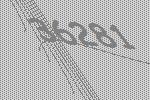
36281